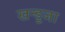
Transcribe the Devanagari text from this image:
खन्डूजा